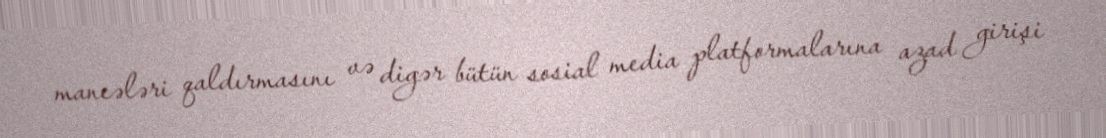
maneələri qaldırmasını və digər bütün sosial media platformalarına azad girişi